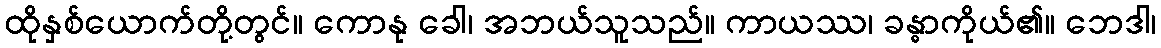
ထိုနှစ်ယောက်တို့တွင်။ ကောနု ခေါ၊ အဘယ်သူသည်။ ကာယဿ၊ ခန္ဓာကိုယ်၏။ ဘေဒါ၊